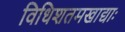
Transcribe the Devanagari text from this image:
विधिशतमखाद्याः